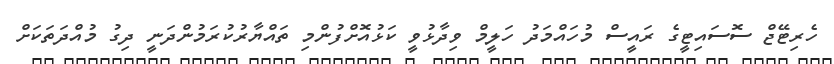
ހެރިޓޭޖް ސޮސައިޓީގެ ރައީސް މުހައްމަދު ހަލީމް ވިދާޅުވީ ކަޅުއޮށްފުންމި ތައްޔާރުކުރަމުންދަނީ ދިގު މުއްދަތަކަށް